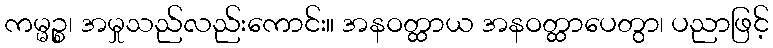
ကမ္မဉ္စ၊ အမှုသည်လည်းကောင်း။ အနဝတ္ထာယ အနဝတ္ထာပေတွာ၊ ပညာဖြင့်